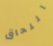
اللحاق